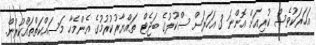
އަހަރަކުވެސް ކުރިއަށް އޮންނަ 3 އަހަރަށް ސްކޫލުގެ ބަޖެޓް ތައްޔާރުކުރުމުގެ އެންމެހާ މަސައްކަތްތައްކުރުން.